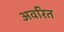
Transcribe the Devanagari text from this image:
अवरित